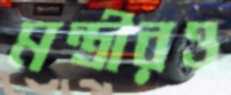
মন্ত্রীরও